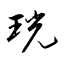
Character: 珖